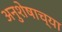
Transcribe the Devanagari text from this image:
अनुशेषाच्या